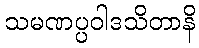
သမဏပ္ပဝါဒသိတာနိ